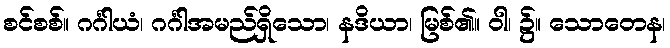
စင်စစ်။ ဂင်္ဂါယံ၊ ဂင်္ဂါအမည်ရှိသော၊ နဒိယာ၊ မြစ်၏။ ဝါ၊ ၌။ သောတေန၊